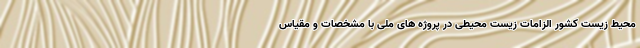
محیط زیست کشور الزامات زیست محیطی در پروژه های ملی با مشخصات و مقیاس